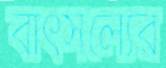
বাৎসল্যের